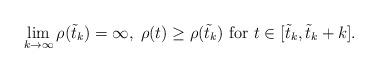
LaTeX: \begin{align*} \lim_{k\to\infty}\rho(\tilde t_k)=\infty,\; \rho(t)\geq \rho(\tilde t_k) \mbox{ for } t\in [\tilde t_k, \tilde t_k+k]. \end{align*}